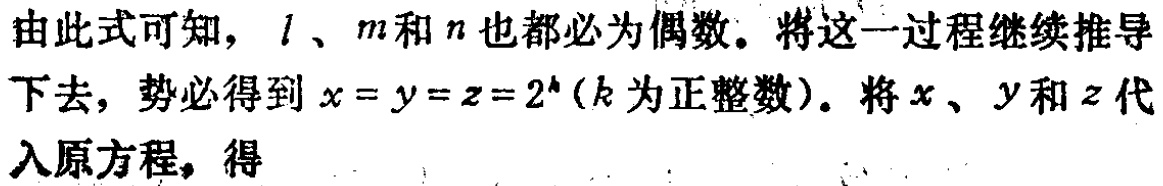
由此式可知，\(l\)、\(m\)和\(n\)也都必为偶数。将这一过程继续推导下去，势必得到\(x = y = z = 2^{k}\)（\(k\)为正整数）。将\(x\)、\(y\)和\(z\)代入原方程，得